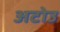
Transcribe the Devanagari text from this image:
अटोउ